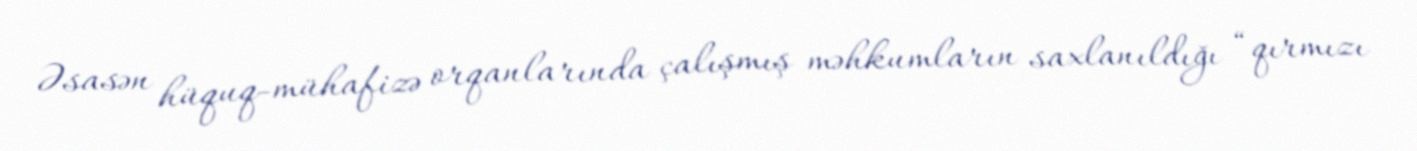
Əsasən hüquq-mühafizə orqanlarında çalışmış məhkumların saxlanıldığı “qırmızı